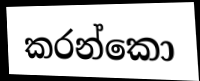
කරන්කො